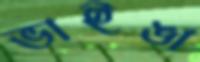
ভাইঙা